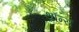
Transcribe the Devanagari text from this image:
थ्राॅन्स